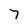
Character: 7